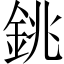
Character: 銚